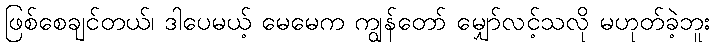
ဖြစ်စေချင်တယ်၊ ဒါပေမယ့် မေမေက ကျွန်တော် မျှော်လင့်သလို မဟုတ်ခဲ့ဘူး